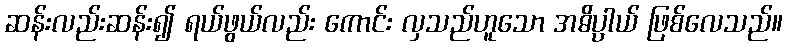
ဆန်းလည်းဆန်း၍ ရယ်ဖွယ်လည်း ကောင်း လှသည်ဟူသော အဓိပ္ပာယ် ဖြစ်လေသည်။